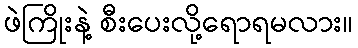
ဖဲကြိုးနဲ့ စီးပေးလို့ရောရမလား။